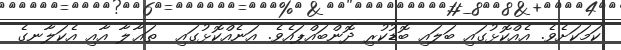
ކަމަކަށެވެ. އެއްކޮޅުގައި ބަލައި ބޮޑުކުރި ދޮންބައްޕައެވެ. އަނެއްކޮޅުގައި  ތަޢާލާ އާއި އެކަލާނގެ